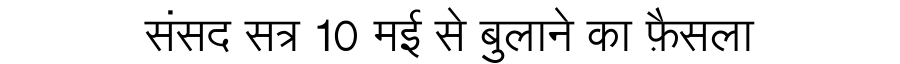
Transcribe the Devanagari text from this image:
संसद सत्र 10 मई से बुलाने का फ़ैसला